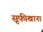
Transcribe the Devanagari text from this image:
सूफीखाना